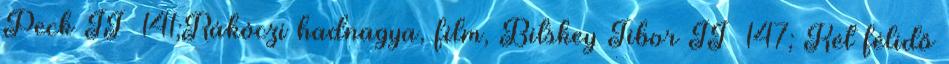
Peck II 141;Rákóczi hadnagya, film, Bitskey Tibor II 147; Két félidő